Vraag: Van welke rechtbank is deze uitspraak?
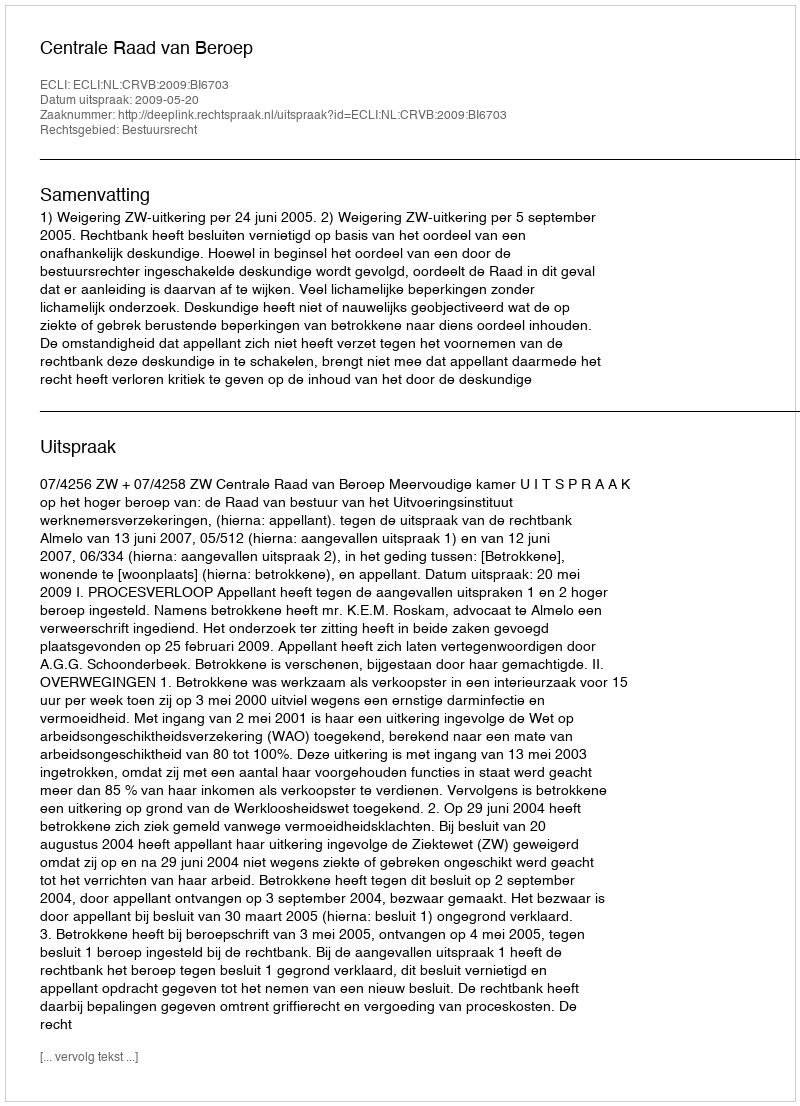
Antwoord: Centrale Raad van Beroep